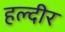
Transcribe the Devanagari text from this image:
हल्दीर